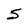
Character: 5